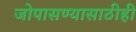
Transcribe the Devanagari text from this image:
जोपासण्यासाठीही